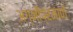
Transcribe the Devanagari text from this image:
अग्नीप्रमाणे